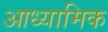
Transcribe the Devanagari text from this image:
आध्‍यामिक